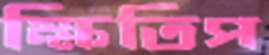
ক্ষিতিপ